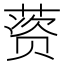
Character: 𰱱